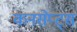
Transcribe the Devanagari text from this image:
कनसेप्ट्स